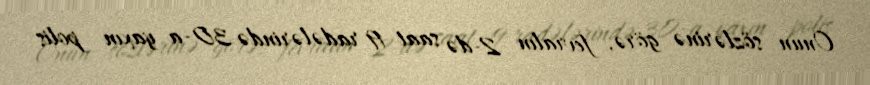
Onun sözlərinə görə, fevralın 2-də saat 19 radələrində 30-a yaxın polis